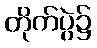
တိုက်ပွဲ၌